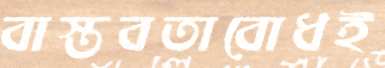
বাস্তবতাবোধই